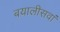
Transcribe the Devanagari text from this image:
बयालीसवां